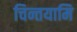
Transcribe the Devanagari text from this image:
चिन्तयामि